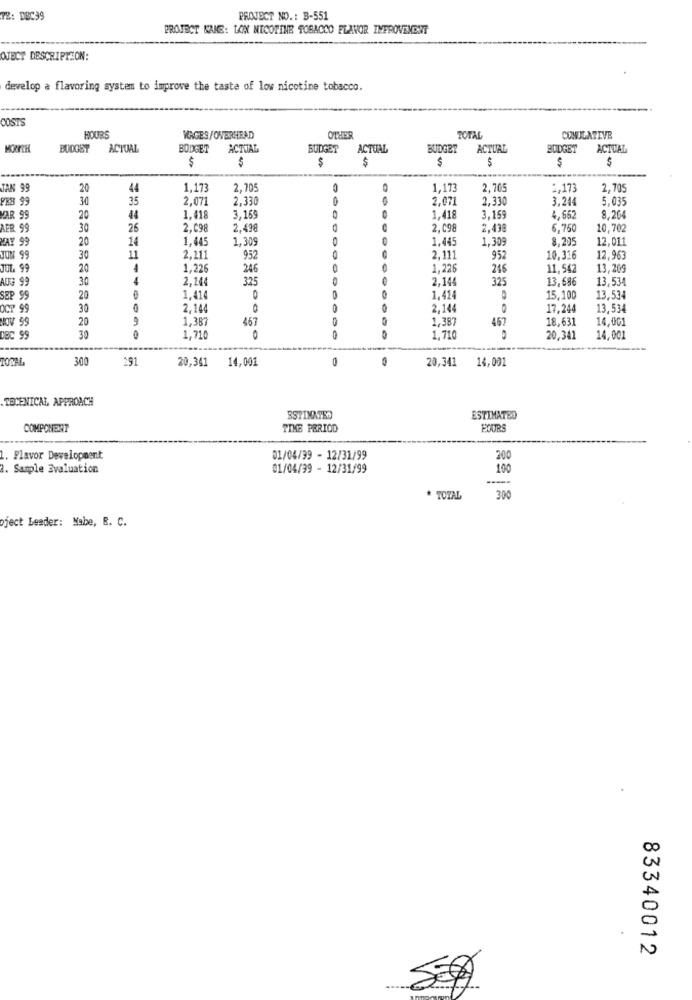
TE: DBC99
PROJECT NO .: B-551
PROJECT NAME: LAX NICOTINE TOBACCO FLAVOR IMPROVEMENT
OJECT DESCRIPTION:
develop a flavoring system to improve the taste of low nicotine tobacco.
COSTS
HOURS
WAGES/OVERHEAD
OTHER
TOTAL
CONDLAZIVE
MOOFTHE
BUDGET
ACTUAL
BODGET
ACTUAL
BUDGET
ACTUAL
BUDGET
ACTUAL
BUDGET
ACTUAL
$
$
$
$
$
$
$
JAK 99
20
44
1,173
2,705
1,173
2,705
2,173
2,705
FEB 99
30
35
2.071
2.330
2.071
2,330
3.244
5.035
VAR 99
20
44
1,418
3.169
1,418
3,159
4.662
8,204
AER 99
30
26
2.098
2,498
2.098
2,438
6.750
10,702
MAY 99
20
14
1.445
1,309
1,445
1,309
8.205
12,011
JUM 99
30
11
2,211
952
2.111
952
10.316
12,963
JUL. 99
20
4
1,226
246
1,226
246
11,542
13,209
AUG 99
30
4
2,244
325
2,144
325
13,696
13,534
SEP 99
20
1,41
0
1,414
15,100
13,53
OCT 99
30
2,144
0
2.144
17,244
13,534
TV 99
20
9
1,387
457
1,387
451
18,631
14,001
DBC 99
30
1,710
1.710
20,341
14,001
TOTAL
300
291
20,341
14,001
0
20,341
14,001
TECENICAL APPROACH
ESTIMATED
ESTIMATED
COMPONENT
TIME PERIOD
FOURS
1. Flavor Development
01/04/99 - 12/31/99
200
2. Sample Evaluation
01/04/39 - 12/31/99
100
* TOTAL
300
oject Leader: Habe, R. C.
83340012